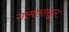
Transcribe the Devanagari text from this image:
गामापासून